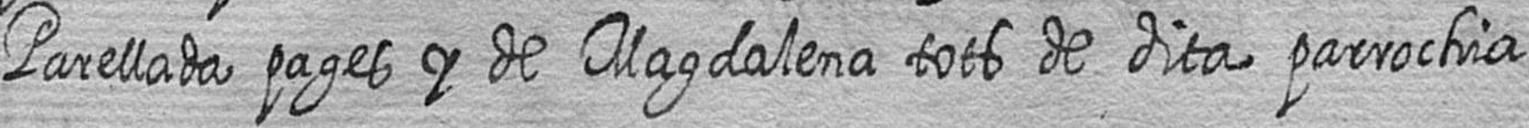
Parellada pages y de Magdalena tots de dita parrochia